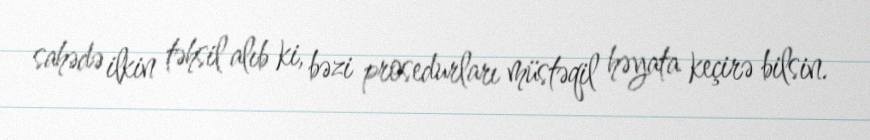
sahədə ilkin təhsil alıb ki, bəzi prosedurları müstəqil həyata keçirə bilsin.